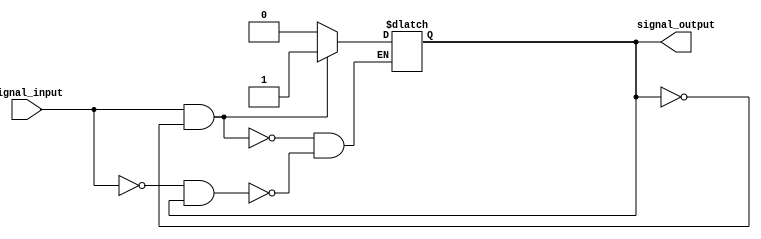
module Schmitt_trigger_buffer (
    input signal_input,
    output reg signal_output
);

reg Q;

always @(signal_input)
begin
    if (signal_input && !Q)
        Q <= 1;
    else if (!signal_input && Q)
        Q <= 0;
end

assign signal_output = Q;

endmodule